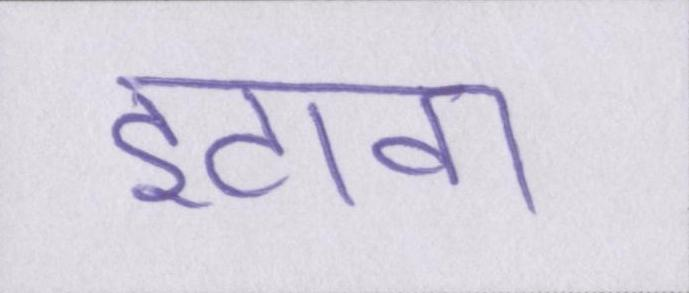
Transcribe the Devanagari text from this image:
इटावा